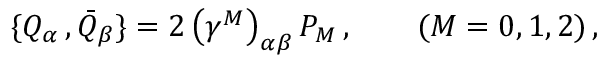
\{ Q _ { \alpha } \, , { \bar { Q } } _ { \beta } \} = 2 \left( \gamma ^ { M } \right) _ { \alpha \beta } P _ { M } \, , \qquad ( M = 0 , 1 , 2 ) \, ,